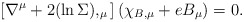
\begin{align*}\left[\nabla ^\mu + 2 (\ln\Sigma),_{\mu}\right] (\chi_{B,\mu} +e B_\mu) =0.\end{align*}